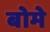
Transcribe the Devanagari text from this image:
बोमे